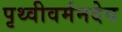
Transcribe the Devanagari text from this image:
पृथ्वीवर्मनदेव